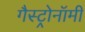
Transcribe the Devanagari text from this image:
गैस्ट्रोनॉमी